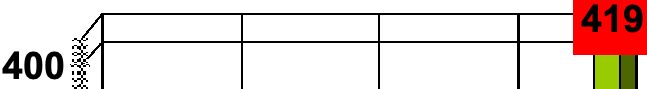
419 400